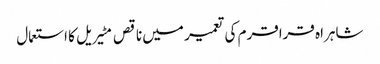
شاہراہ قراقرم کی تعمیر میں ناقص مٹیریل کا استعمال